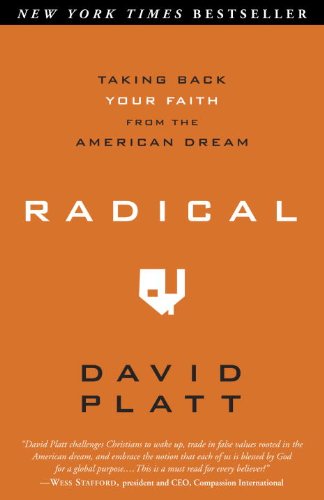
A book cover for Radical: Taking Back Your Faith from the American Dream; David Platt; Christian Books & Bibles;